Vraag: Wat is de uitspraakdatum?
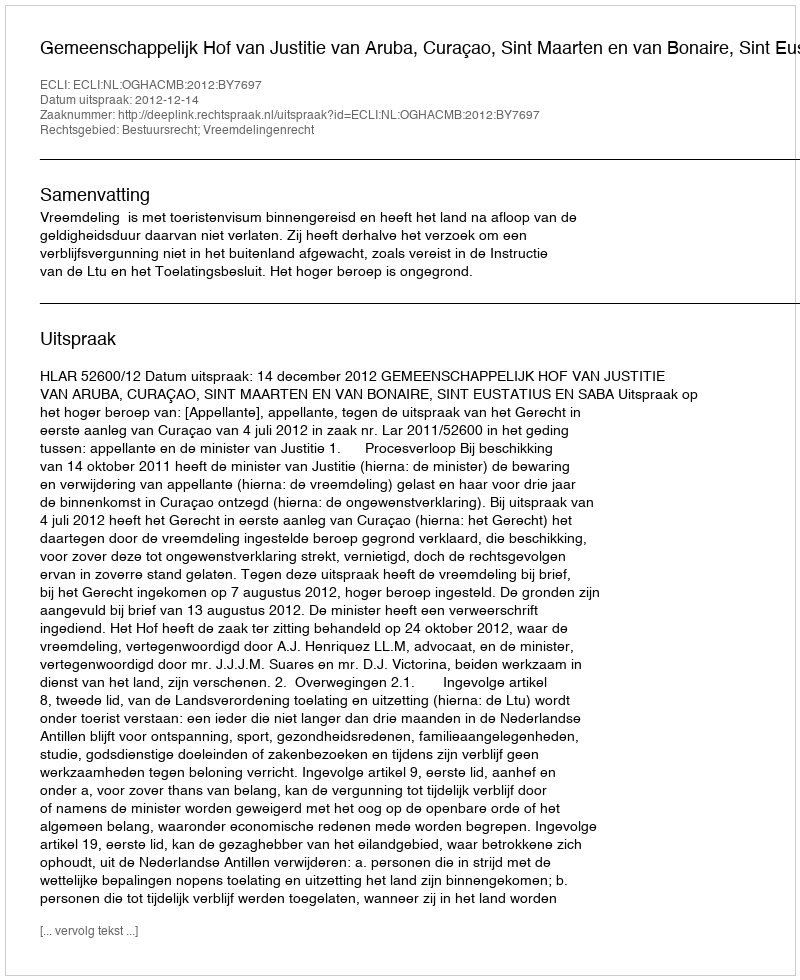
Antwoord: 2012-12-14